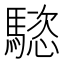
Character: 𩥝